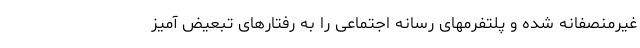
غیرمنصفانه شده و پلتفرمهای رسانه اجتماعی را به رفتارهای تبعیض آمیز